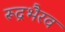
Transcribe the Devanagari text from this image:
रूद्रभैरव